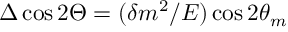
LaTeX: \Delta \cos 2 \Theta = ( \delta m ^ { 2 } / E ) \cos 2 \theta _ { m }